Scottish Leaving Certificate Examination, 1951
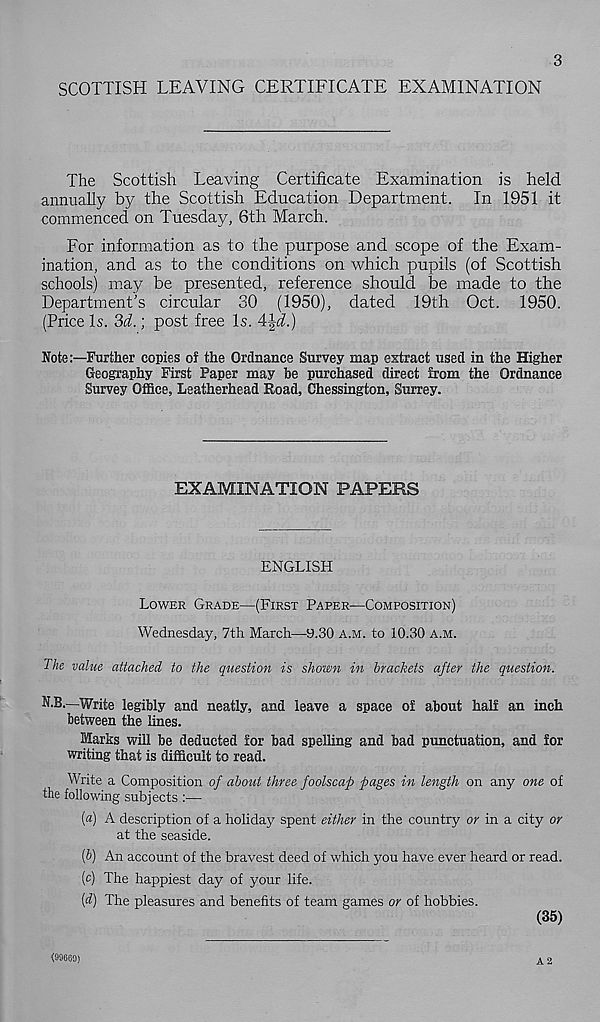
3
SCOTTISH LEAVING CERTIFICATE EXAMINATION
The Scottish Leaving Certificate Examination is held
annually by the Scottish Education Department. In 1951 it
commenced on Tuesday, 6th March.
For information as to the purpose and scope of the Exam-
ination, and as to the conditions on which pupils (of Scottish
schools) may be presented, reference should be made to the
Department’s circular 30 (1950), dated 19th Oct. 1950.
(Price Is. 3d.; post free Is. 4|i.)
Note:—Further copies of the Ordnance Survey map extract used in the Higher
Geography First Paper may be purchased direct from the Ordnance
Survey Office, Leatherhead Road, Chessington, Surrey.
EXAMINATION PAPERS
ENGLISH
LOWER GRADE—(FIRST PAPER—COMPOSITION)
Wednesday, 7th March—9.30 A.M. to 10.30 A.M.
The value attached to the question is shown in brackets after the question.
N.B.—Write legibly and neatly, and leave a space of about half an inch
between the lines.
Marks will be deducted for bad spelling and bad punctuation, and for
writing that is difficult to read.
Write a Composition of about three foolscap pages in length on any one of
the following subjects :—
(a) A description of a holiday spent either in the country or in a city or
at the seaside.
ip) An account of the bravest deed of which you have ever heard or read.
(c) The happiest day of your life.
[d] The pleasures and benefits of team games or of hobbies.
(35)
(99669)
A 2